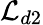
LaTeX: \mathcal{L}_{d2}